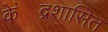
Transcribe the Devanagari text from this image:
के॓द्रशासित